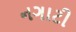
નગાટી